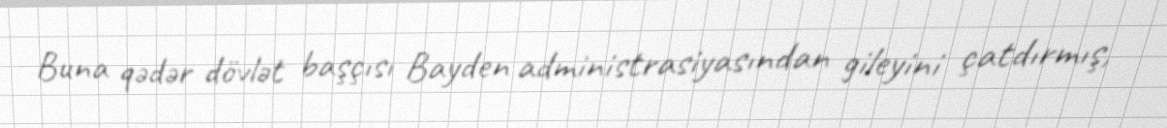
Buna qədər dövlət başçısı Bayden administrasiyasından gileyini çatdırmış,